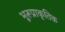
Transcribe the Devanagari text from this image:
भूरूप्राकृतिक